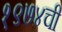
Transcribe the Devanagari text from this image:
१९७४ची